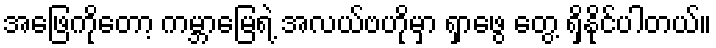
အဖြေကိုတော့ ကမ္ဘာမြေရဲ့ အလယ်ဗဟိုမှာ ရှာဖွေ တွေ့ ရှိနိုင်ပါတယ်။